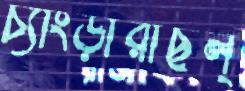
চ্যাংড়ারাছল্